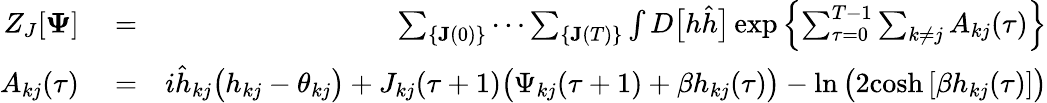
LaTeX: \begin{array}{rlr}{Z_{J}[\mathbf{\Psi}]}&{{}=}&{\sum_{\{ \mathbf{J}(0)\} }\cdots\sum_{\{ \mathbf{J}(T)\} }\int D\big[h\hat{h}\big]\exp\left\{ \sum_{\tau=0}^{T-1}\sum_{k\neq j}A_{kj}(\tau)\right\} }\\ {A_{kj}(\tau)}&{{}=}&{i\hat{h}_{kj}\big(h_{kj}-\theta_{kj}\big)+J_{kj}(\tau+1)\big(\Psi_{kj}(\tau+1)+\beta h_{kj}(\tau)\big)-\ln\big(2\mathrm{cosh}\, [\beta h_{kj}(\tau)]\big)}\end{array}